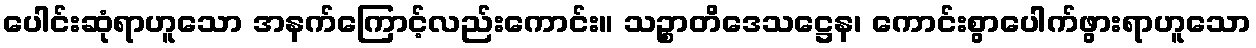
ပေါင်းဆုံရာဟူသော အနက်ကြောင့်လည်းကောင်း။ သဉ္စာတိဒေသဋ္ဌေန၊ ကောင်းစွာပေါက်ဖွားရာဟူသော